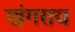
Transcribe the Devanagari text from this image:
खंगराय